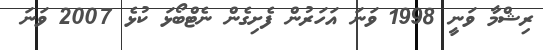
ރިޝްމާ ވަނީ 1998 ވަނަ އަހަރުން ފެށިގެން ނެޓްބޯޅަ ކުޅެ 2007 ވަނަ